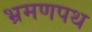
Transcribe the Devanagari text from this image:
भ्रमणपथ